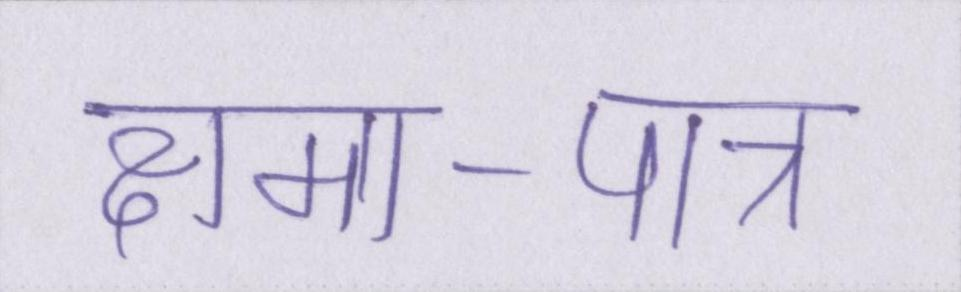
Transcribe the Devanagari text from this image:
क्षमा-पात्र